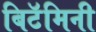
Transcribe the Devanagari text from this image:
बिटॅमिनी